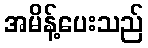
အမိန့်ပေးသည်